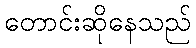
တောင်းဆိုနေသည်